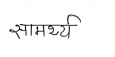
मजकूर: सामर्थ्य